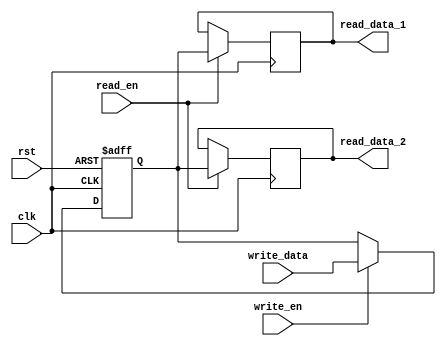
module dual_port_register (
    input clk,
    input rst,
    input read_en,
    input write_en,
    input [7:0] write_data,
    output reg [7:0] read_data_1,
    output reg [7:0] read_data_2
);

reg [7:0] reg_data;

always @(posedge clk or posedge rst) begin
    if (rst) begin
        reg_data <= 8'b0;
    end else begin
        if (write_en) begin
            reg_data <= write_data;
        end
    end
end

always @(posedge clk) begin
    if (read_en) begin
        read_data_1 <= reg_data;
        read_data_2 <= reg_data;
    end
end

endmodule